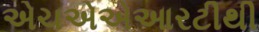
એચએએઆરટીથી